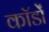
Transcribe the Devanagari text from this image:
कॉर्डों